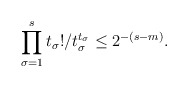
\begin{align*}\prod_{\sigma = 1}^s t_\sigma! / t_\sigma^{t_\sigma} \leq 2^{-(s-m)}.\end{align*}